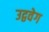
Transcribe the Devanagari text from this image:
उद्ववेग